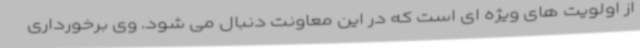
از اولویت های ویژه ای است که در این معاونت دنبال می شود. وی برخورداری